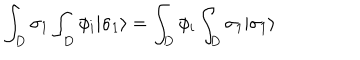
LaTeX: \int _ { D } \sigma _ { 1 } \int _ { D } \phi _ { i } | \sigma _ { 1 } \rangle = \int _ { D } \phi _ { i } \int _ { D } \sigma _ { 1 } | \sigma _ { 1 } \rangle \,